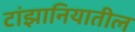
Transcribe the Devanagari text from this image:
टांझानियातील